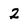
Character: 2